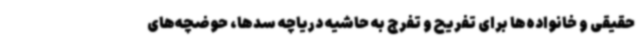
حقیقی و خانواده‌ها برای تفریح و تفرج به حاشیه دریاچه سدها، حوضچه‌های